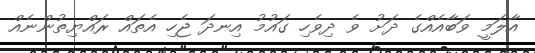
އާލަމީ ވަބާއެއްގެ ދަށު ވެ ދިވެހި ގައުމު އިނދަ ޖެހި އެތައް ރައްޔިތުންނެއް